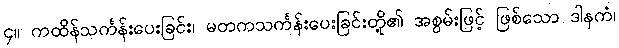
၄။ ကထိန်သင်္ကန်းပေးခြင်း၊ မတကသင်္ကန်းပေးခြင်းတို့၏ အစွမ်းဖြင့် ဖြစ်သော ဒါနကံ၊